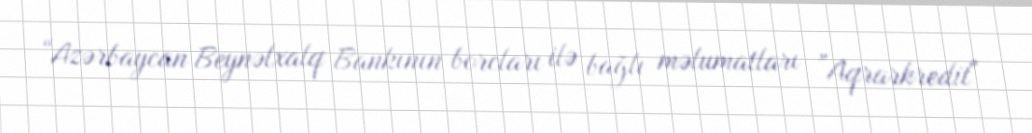
“Azərbaycan Beynəlxalq Bankının borcları ilə bağlı məlumatları ”Aqrarkredit"